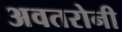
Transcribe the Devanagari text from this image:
अवतरोनी